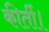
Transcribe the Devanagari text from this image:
कीर्ती।